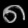
Digit: ၈